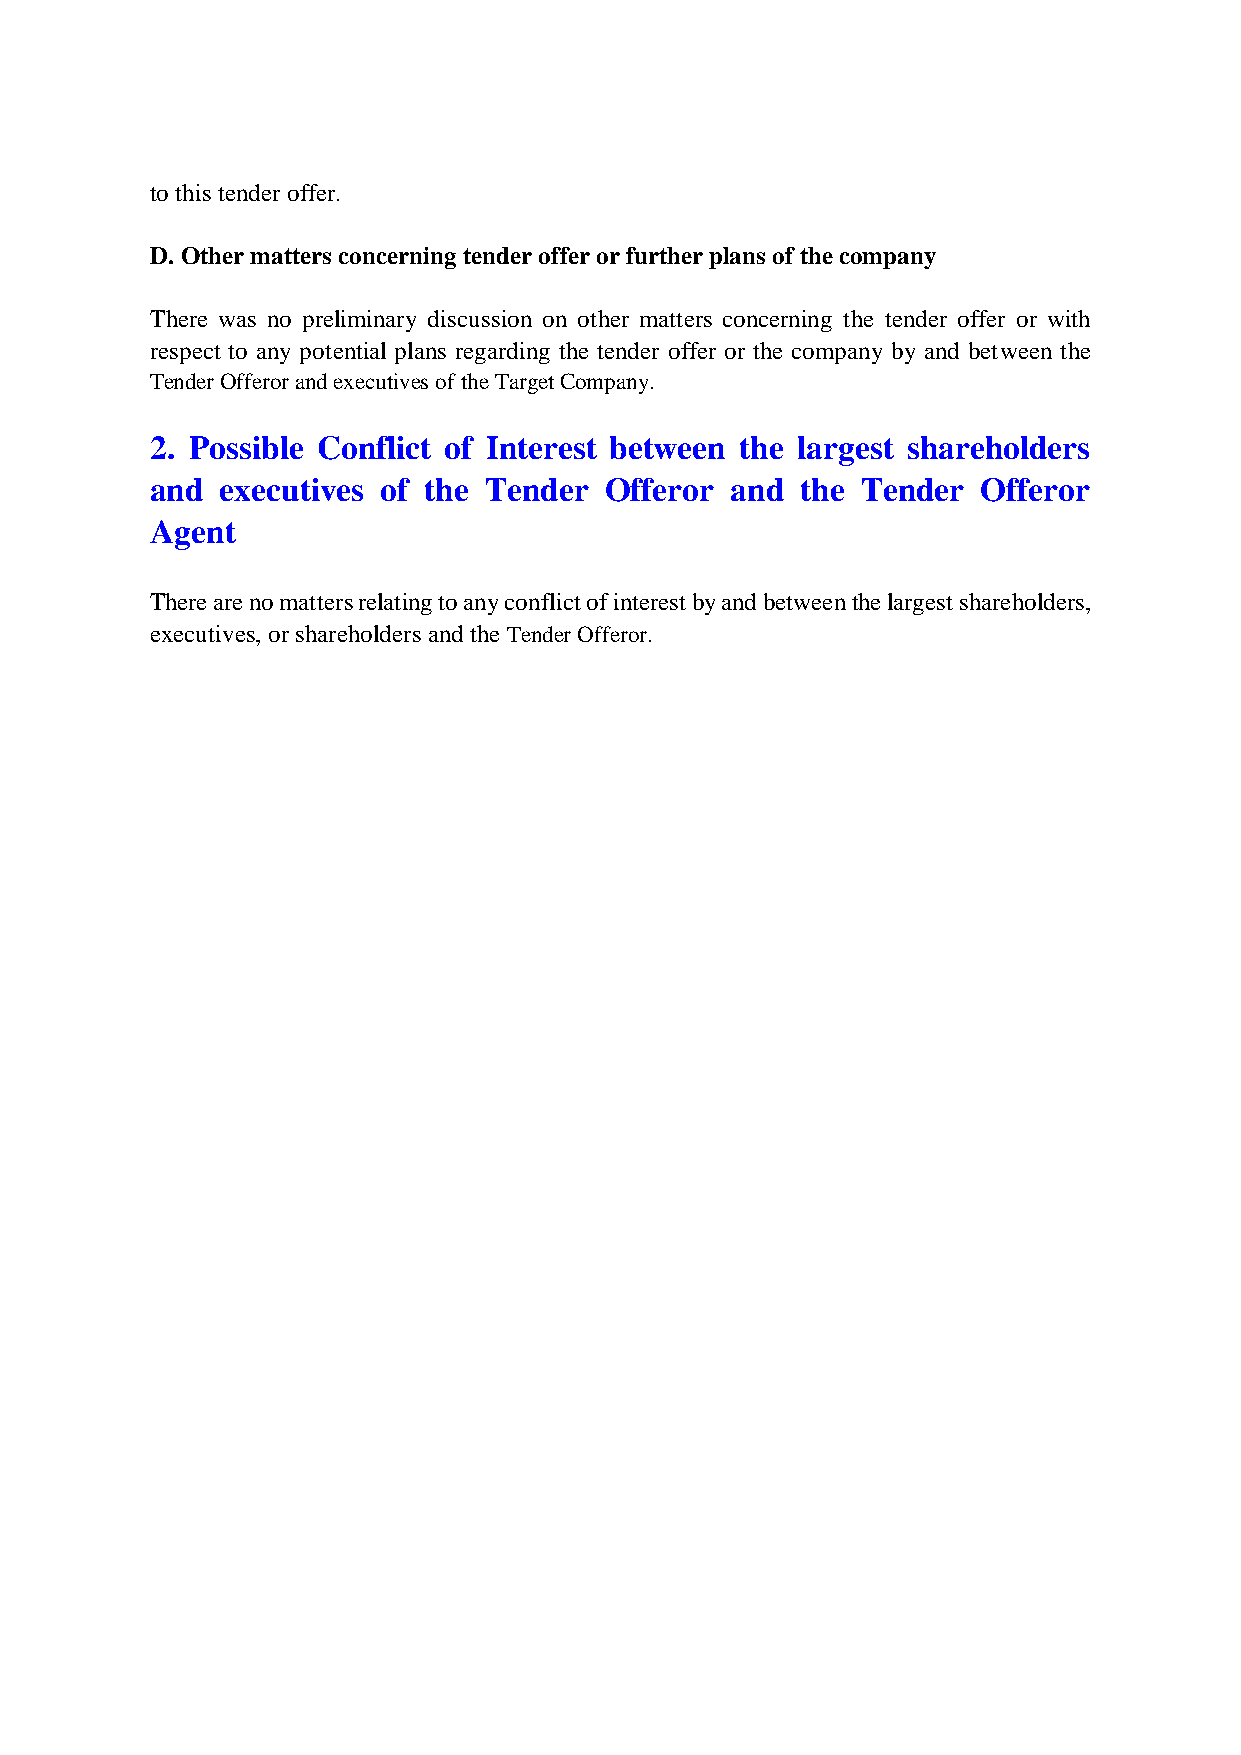
to this tender offer.
 D. Other matters concerning tender offer or further plans of the company
 There was no preliminary discussion on other matters concerning the tender offer or with
 respect to any potential plans regarding the tender offer or the company by and between the
 Tender Offeror and executives of the Target Company.
 2. Possible Conflict of Interest between the largest shareholders
 and  executives of the Tender Offeror and  the Tender  Offeror
 Agent
 There are no matters relating to any conflict of interest by and between the largest shareholders,
 executives, or shareholders and the Tender Offeror.